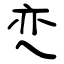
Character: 亪